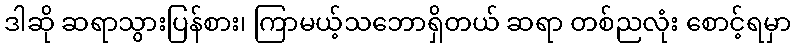
ဒါဆို ဆရာသွားပြန်စား၊ ကြာမယ့်သဘောရှိတယ် ဆရာ တစ်ညလုံး စောင့်ရမှာ